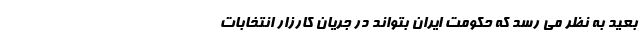
بعید به نظر می رسد که حکومت ایران بتواند در جریان کارزار انتخابات